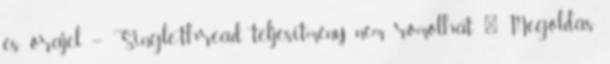
és órajel – Single-thread teljesítmény nem romolhat ● Megoldás